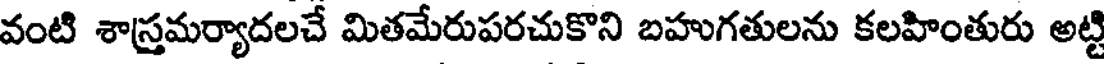
వంటి శాస్త్రమర్యాదలచే మితమేరుపరచుకొని బహుగతులను కలహింతురు అట్టి